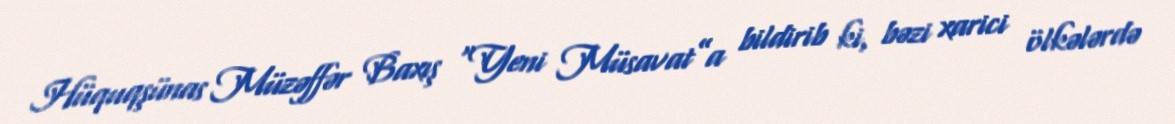
Hüquqşünas Müzəffər Baxış “Yeni Müsavat”a bildirib ki, bəzi xarici ölkələrdə